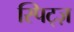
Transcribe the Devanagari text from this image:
स्पिट्ज़